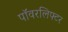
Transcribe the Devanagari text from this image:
पॉवरलिफ्टर